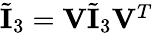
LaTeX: \begin{array}{r}{\tilde{\mathbf{I}}_{3}=\mathbf{V}\tilde{\mathbf{I}}_{3}\mathbf{V}^{T}}\end{array}